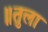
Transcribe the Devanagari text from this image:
॥तुला